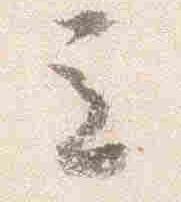
立